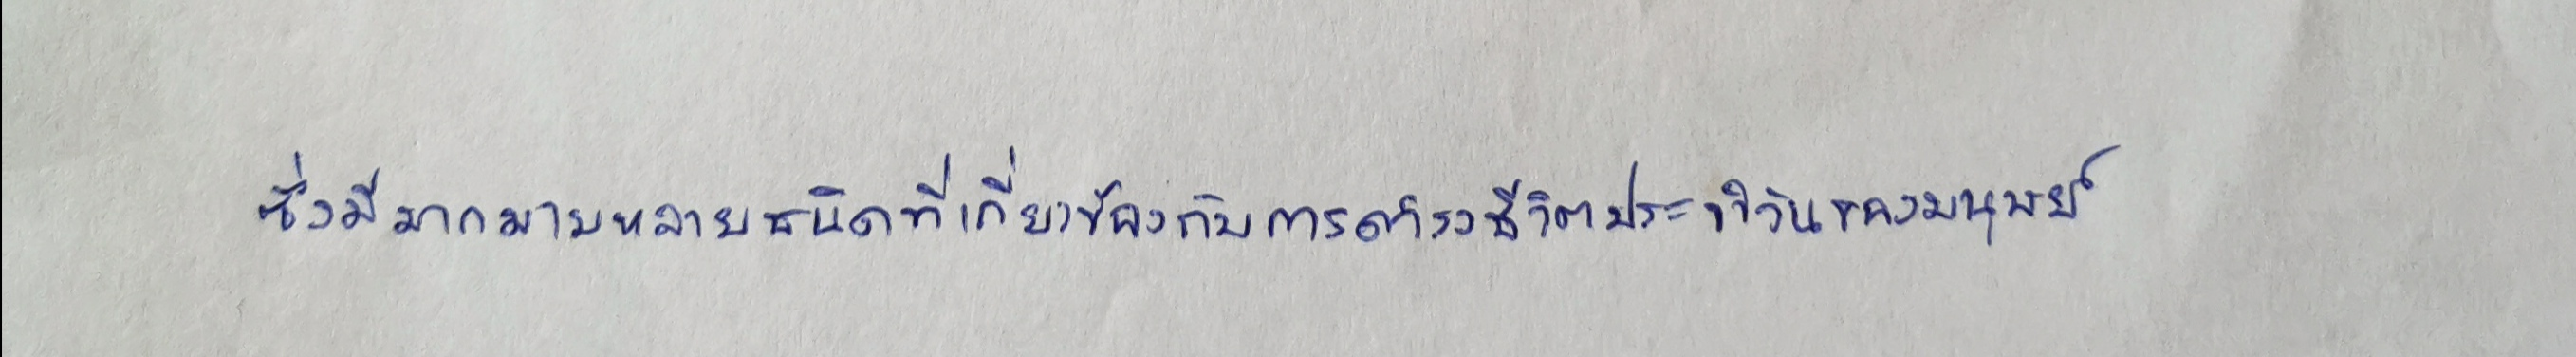
ซึ่งมีมากมายหลายชนิดที่เกี่ยวข้องกับการดำรงชีวิตประจำวันของมนุษย์